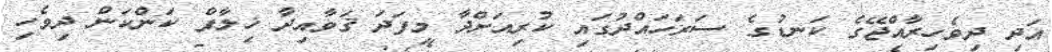
އަދި ދިވެހިރާއްޖޭގެ ކަނޑުގެ ސަރަހައްދުގައި ކުރިއަށްދާ މިފަދަ ޤަވާއިދާ ޚިލާފް ކަންކަން ދިވެހި